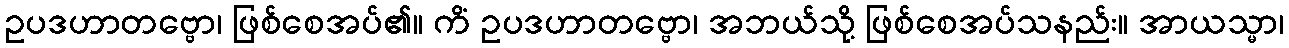
ဥပဒဟာတဗ္ဗော၊ ဖြစ်စေအပ်၏။ ကိံ ဥပဒဟာတဗ္ဗော၊ အဘယ်သို့ ဖြစ်စေအပ်သနည်း။ အာယသ္မာ၊